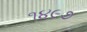
૧૪૯૭